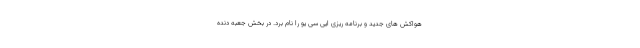
هواکش های جدید و برنامه ریزی ایی سی یو را نام برد. در بخش جعبه دنده